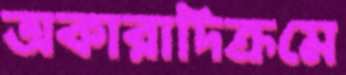
অকারাদিক্রমে